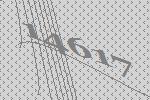
14617